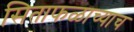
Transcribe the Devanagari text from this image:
सिताफळाच्याच